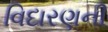
વિદારણની